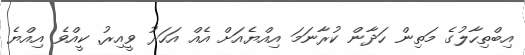
އިބްތިހާލުގެ މަތިން ހަދާން ކުރާނަމަ އިއްޔެއަށް އެއް އަހަރު ވީއިރު